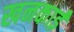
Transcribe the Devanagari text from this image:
खनकाई